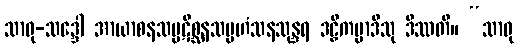
သာဓု-သဒ္ဒေါ အာယာစနသမ္ပဋိစ္ဆနသမ္ပဟံသနသုန္ဒရ ဒဠှီကမ္မာဒီသု ဒိဿတိ။ “သာဓု